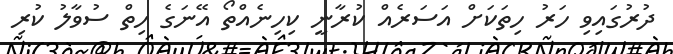
ދުރުގައިވި ހަރު ހިތަކަށް އަސަރެއް ކުރާނީ ކިހިނެއްތޯ އޭނަގެ ހިތް ސުވާލު ކުރި